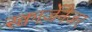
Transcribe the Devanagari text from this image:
स्क्वार्ज़ेनेजर